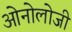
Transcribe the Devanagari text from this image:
ओनोलोजी